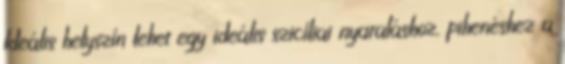
Ideális helyszín lehet egy ideális szicíliai nyaraláshoz, pihenéshez a